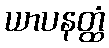
ယာပနတ္ထံ